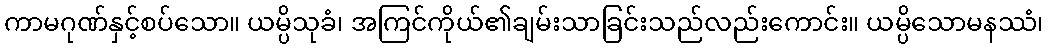
ကာမဂုဏ်နှင့်စပ်သော။ ယမ္ပိသုခံ၊ အကြင်ကိုယ်၏ချမ်းသာခြင်းသည်လည်းကောင်း။ ယမ္ပိသောမနဿံ၊